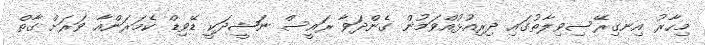
މިހާރު އިނގިރޭސިވިލާތުގައި ދިރިއުޅުއްވަމުން ގެންދަވާ ރައީސް ނަޝީދަކީ ޑޭވިޑް ކެމަރަންއާ ވަރަށް ގާތް